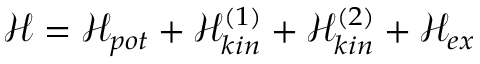
\mathcal { H } = \mathcal { H } _ { p o t } + \mathcal { H } _ { k i n } ^ { ( 1 ) } + \mathcal { H } _ { k i n } ^ { ( 2 ) } + \mathcal { H } _ { e x }